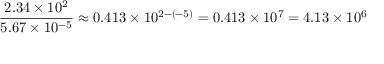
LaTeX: { \frac { 2 . 3 4 \times 1 0 ^ { 2 } } { 5 . 6 7 \times 1 0 ^ { - 5 } } } \approx 0 . 4 1 3 \times 1 0 ^ { 2 - ( - 5 ) } = 0 . 4 1 3 \times 1 0 ^ { 7 } = 4 . 1 3 \times 1 0 ^ { 6 }